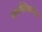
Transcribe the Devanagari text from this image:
समलैंगिकतेच्या